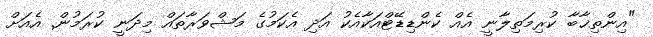
"އިންތިޚާބާ ކުރިމަތިިލާނީ އެއް ކެންޑިޑޭޓްއަކާއެކު އަދި އެކަމުގެ މަޝްވަރާތައް މިދަނީ ކުރަމުން